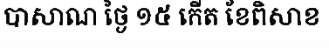
បាសាណ ថ្ងៃ ១៥ កើត ខែពិសាខ